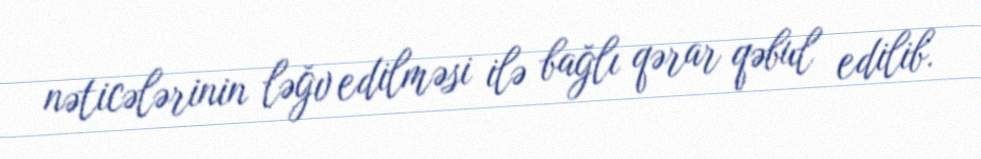
nəticələrinin ləğv edilməsi ilə bağlı qərar qəbul edilib.